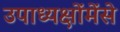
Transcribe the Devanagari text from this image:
उपाध्यक्षोंमेंसे